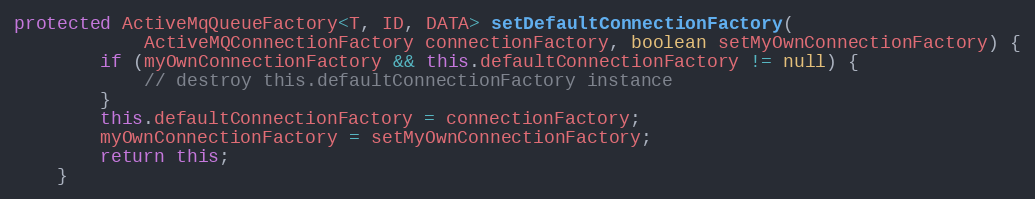
Language: Java
protected ActiveMqQueueFactory<T, ID, DATA> setDefaultConnectionFactory(
            ActiveMQConnectionFactory connectionFactory, boolean setMyOwnConnectionFactory) {
        if (myOwnConnectionFactory && this.defaultConnectionFactory != null) {
            // destroy this.defaultConnectionFactory instance
        }
        this.defaultConnectionFactory = connectionFactory;
        myOwnConnectionFactory = setMyOwnConnectionFactory;
        return this;
    }